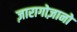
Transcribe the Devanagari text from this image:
ज़ारागोज़ानो